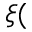
\xi (